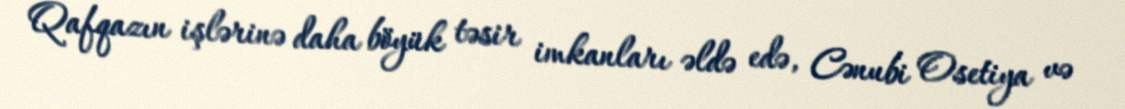
Qafqazın işlərinə daha böyük təsir imkanları əldə edə, Cənubi Osetiya və